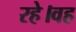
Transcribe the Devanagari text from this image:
रहे।वह